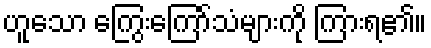
ဟူသော ကြွေးကြော်သံများကို ကြားရ၏။